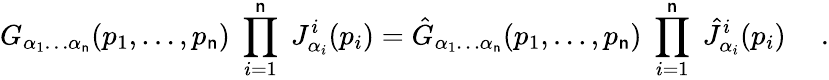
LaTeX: G_{\alpha_{1}\ldots\alpha_{\mathsf{n}}}(p_{1},\ldots,p_{\mathsf{n}})\; \prod_{i=1}^{\mathsf{n}}\; J_{\alpha_{i}}^{i}(p_{i})=\hat{{G}}_{\alpha_{1}\ldots\alpha_{\mathsf{n}}}(p_{1},\ldots,p_{\mathsf{n}})\; \prod_{i=1}^{\mathsf{n}}\; \hat{{J}}_{\alpha_{i}}^{i}(p_{i})\ \ \ \ \ .